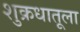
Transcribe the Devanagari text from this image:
शुक्रधातूला